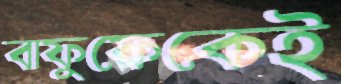
বাফুফেকেই